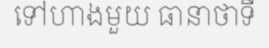
ទៅហាងមួយ ធានាថាទី